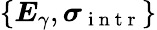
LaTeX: \left\{ \boldsymbol{E}_{\gamma},\boldsymbol{\sigma}_{\mathrm{~i~n~t~r~}}\right\}